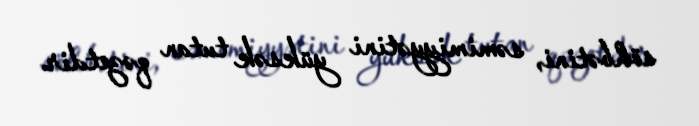
söhbətini, səmimiyyətini yüksək tutan qəzetdir.